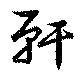
軒